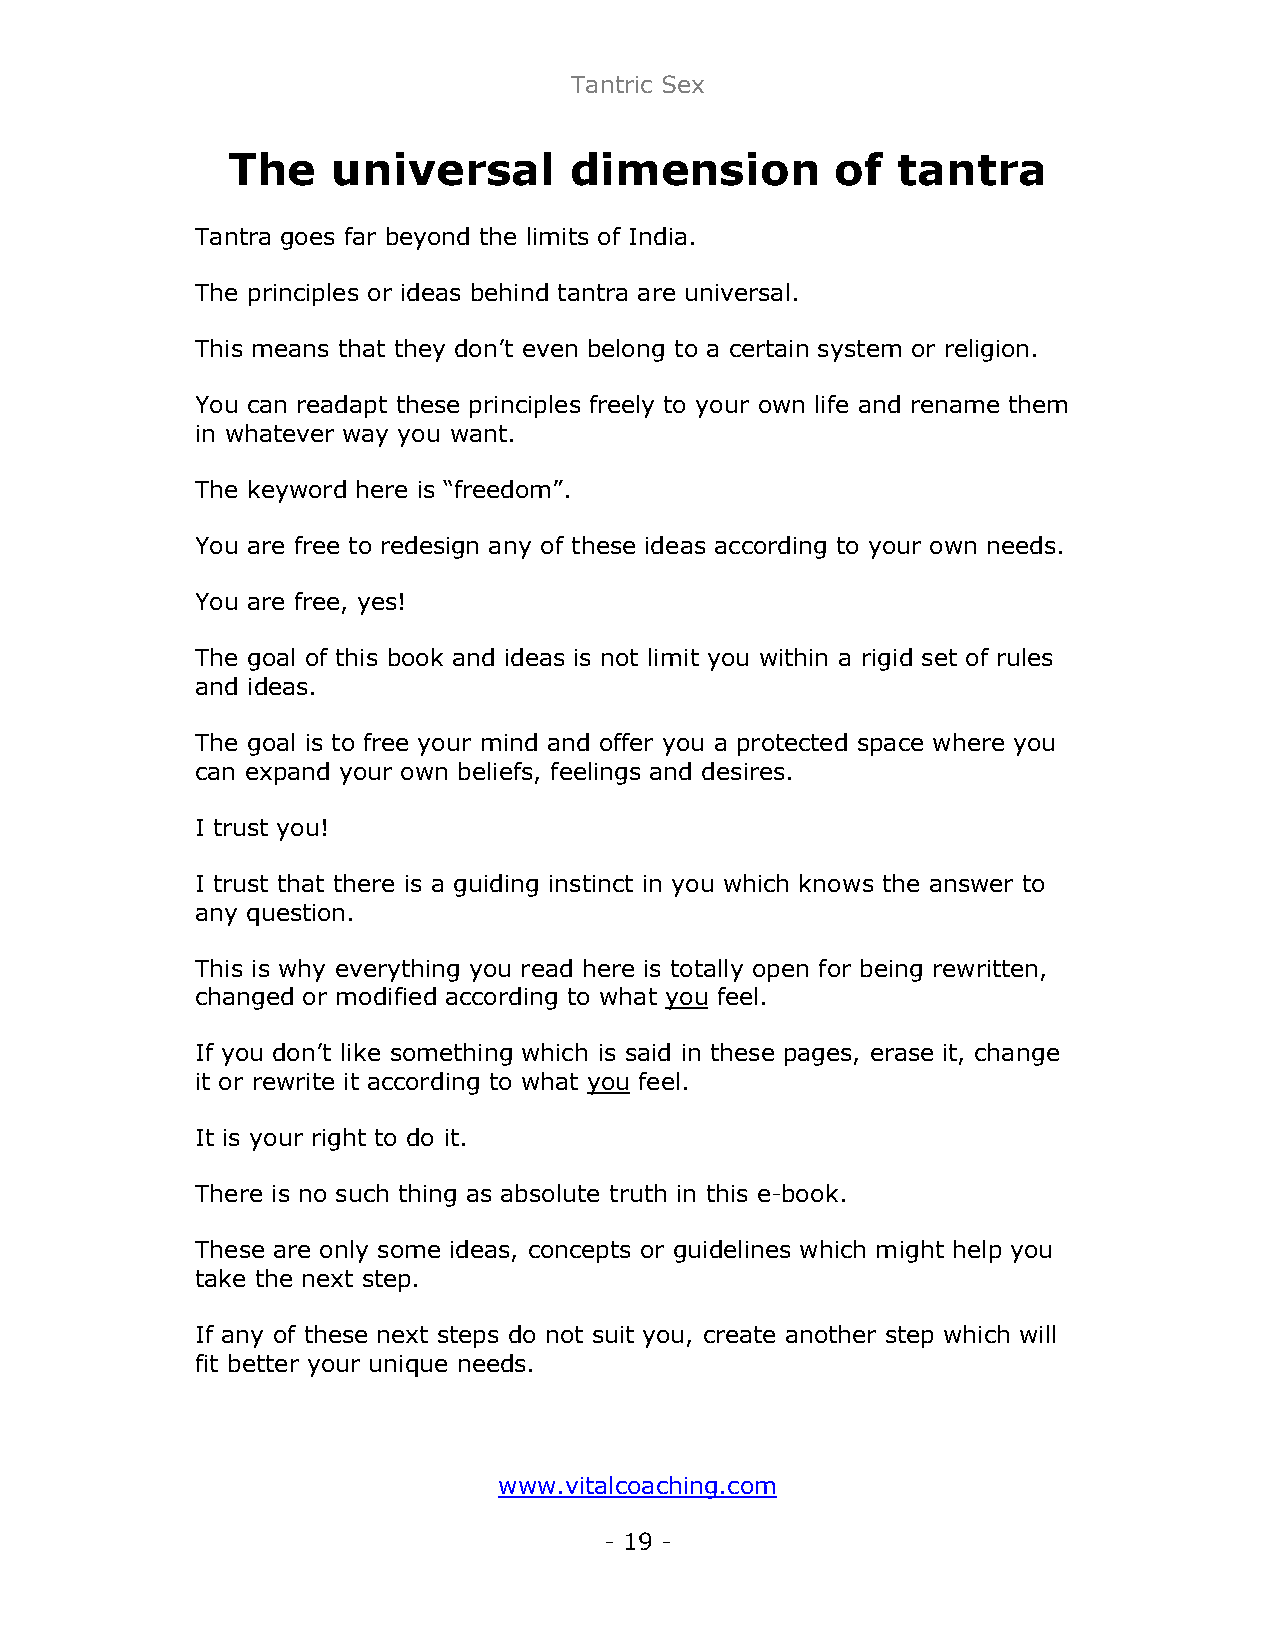
Tantric Sex
 The    universal       dimension        of  tantra
 Tantra goes far beyond the limits of India.
 The principles or ideas behind tantra are universal.
 This means that they don’t even belong to a certain system or religion.
 You can readapt these principles freely to your own life and rename them
 in whatever way you want.
 The keyword here is “freedom”.
 You are free to redesign any of these ideas according to your own needs.
 You are free, yes!
 The goal of this book and ideas is not limit you within a rigid set of rules
 and ideas.
 The goal is to free your mind and offer you a protected space where you
 can expand your own beliefs, feelings and desires.
 I trust you!
 I trust that there is a guiding instinct in you which knows the answer to
 any question.
 This is why everything you read here is totally open for being rewritten,
 changed or modified according to what you feel.
 If you don’t like something which is said in these pages, erase it, change
 it or rewrite it according to what you feel.
 It is your right to do it.
 There is no such thing as absolute truth in this e-book.
 These are only some ideas, concepts or guidelines which might help you
 take the next step.
 If any of these next steps do not suit you, create another step which will
 fit better your unique needs.
 www.vitalcoaching.com
 - 19 -